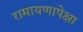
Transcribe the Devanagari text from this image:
रामायणापेक्षा